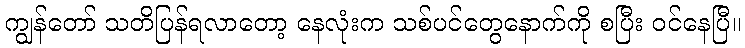
ကျွန်တော် သတိပြန်ရလာတော့ နေလုံးက သစ်ပင်တွေနောက်ကို စပြီး ဝင်နေပြီ။